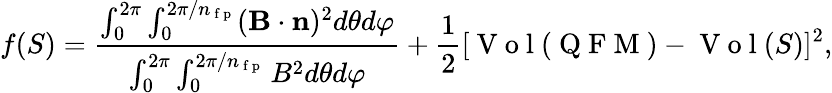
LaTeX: f(S)=\frac{\int_{0}^{2\pi}\int_{0}^{2\pi/n_{\mathrm{~f~p~}}}(\mathbf B\cdot\mathbf n)^{2}d\theta d\varphi}{\int_{0}^{2\pi}\int_{0}^{2\pi/n_{\mathrm{~f~p~}}}B^{2}d\theta d\varphi}+\frac{1}{2}[\mathrm{~V~o~l~}(\mathrm{~Q~F~M~})-\mathrm{~V~o~l~}(S)]^{2},